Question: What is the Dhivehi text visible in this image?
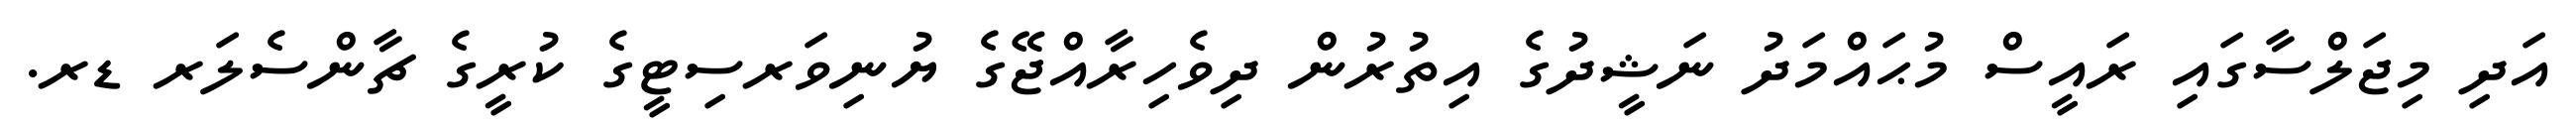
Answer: އަދި މިޖަލްސާގައި ރައީސް މުޙައްމަދު ނަޝީދުގެ އިތުރުން ދިވެހިރާއްޖޭގެ ޔުނިވަރސިޓީގެ ކުރީގެ ޗާންސެލަރ ޑރ.